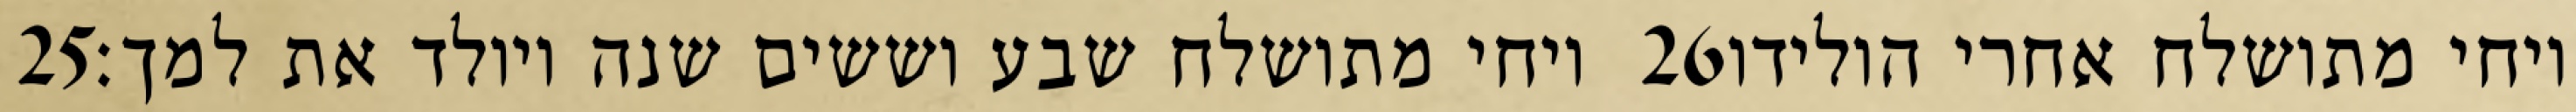
‎25‏ ויחי מתושלח שבע וששים שנה ויולד את למך׃ ‎26‏ ויחי מתושלח אחרי הולידו